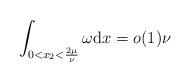
LaTeX: \begin{align*}\int_{0<x_{2}<\frac{2\mu}{\nu}}\omega \mathrm{d} x=o(1)\nu\end{align*}